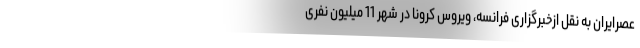
عصرایران به نقل ازخبرگزاری فرانسه، ویروس کرونا در شهر 11 میلیون نفری